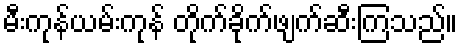
မီးကုန်ယမ်းကုန် တိုက်ခိုက်ဖျက်ဆီးကြသည်။